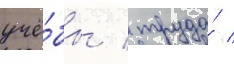
учё́бы / труда́ /